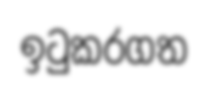
ඉටුකරගත